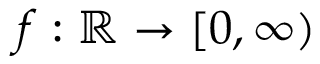
f : \mathbb { R } \rightarrow [ 0 , \infty )